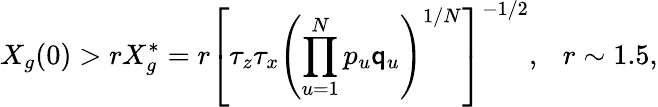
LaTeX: X_{g}(0)>rX_{g}^{*}=r\left[\tau_{z}\tau_{x}\left(\prod_{u=1}^{N}p_{u}\mathsf{q}_{u}\right)^{1/N}\right]^{-1/2},~~~r\sim1.5,